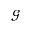
\mathcal { G }